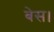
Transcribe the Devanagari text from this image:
बेस।